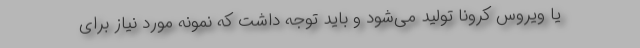
یا ویروس کرونا تولید می‌شود و باید توجه داشت که نمونه مورد نیاز برای